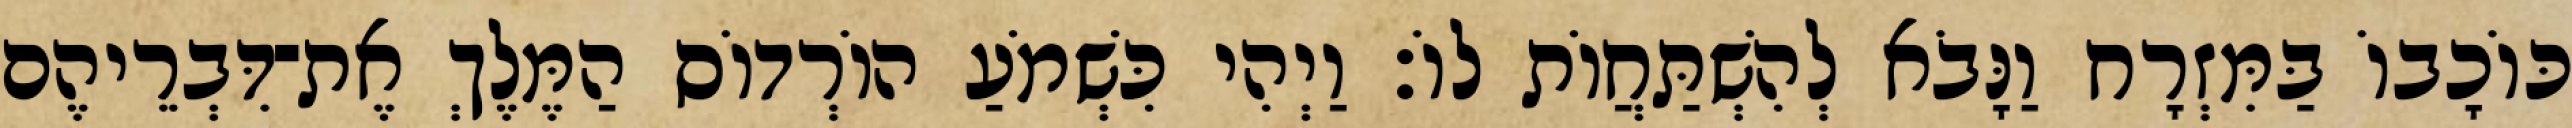
כּוֹכָבוֹ בַּמִּזְרָח וַנָּבֹא לְהִשְׁתַּחֲוֹת לוֹ׃ וַיְהִי כִּשְׁמֹעַ הוֹרְדוֹס הַמֶּלֶךְ אֶת־דִּבְרֵיהֶם